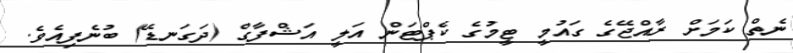
ނެތް ކަމަށް ރާއްޖޭގެ ގައުމީ ޓީމުގެ ކެޕްޓަން އަލީ އަޝްފާގް (ދަގަނޑޭ) ބުނެފިއެވެ.